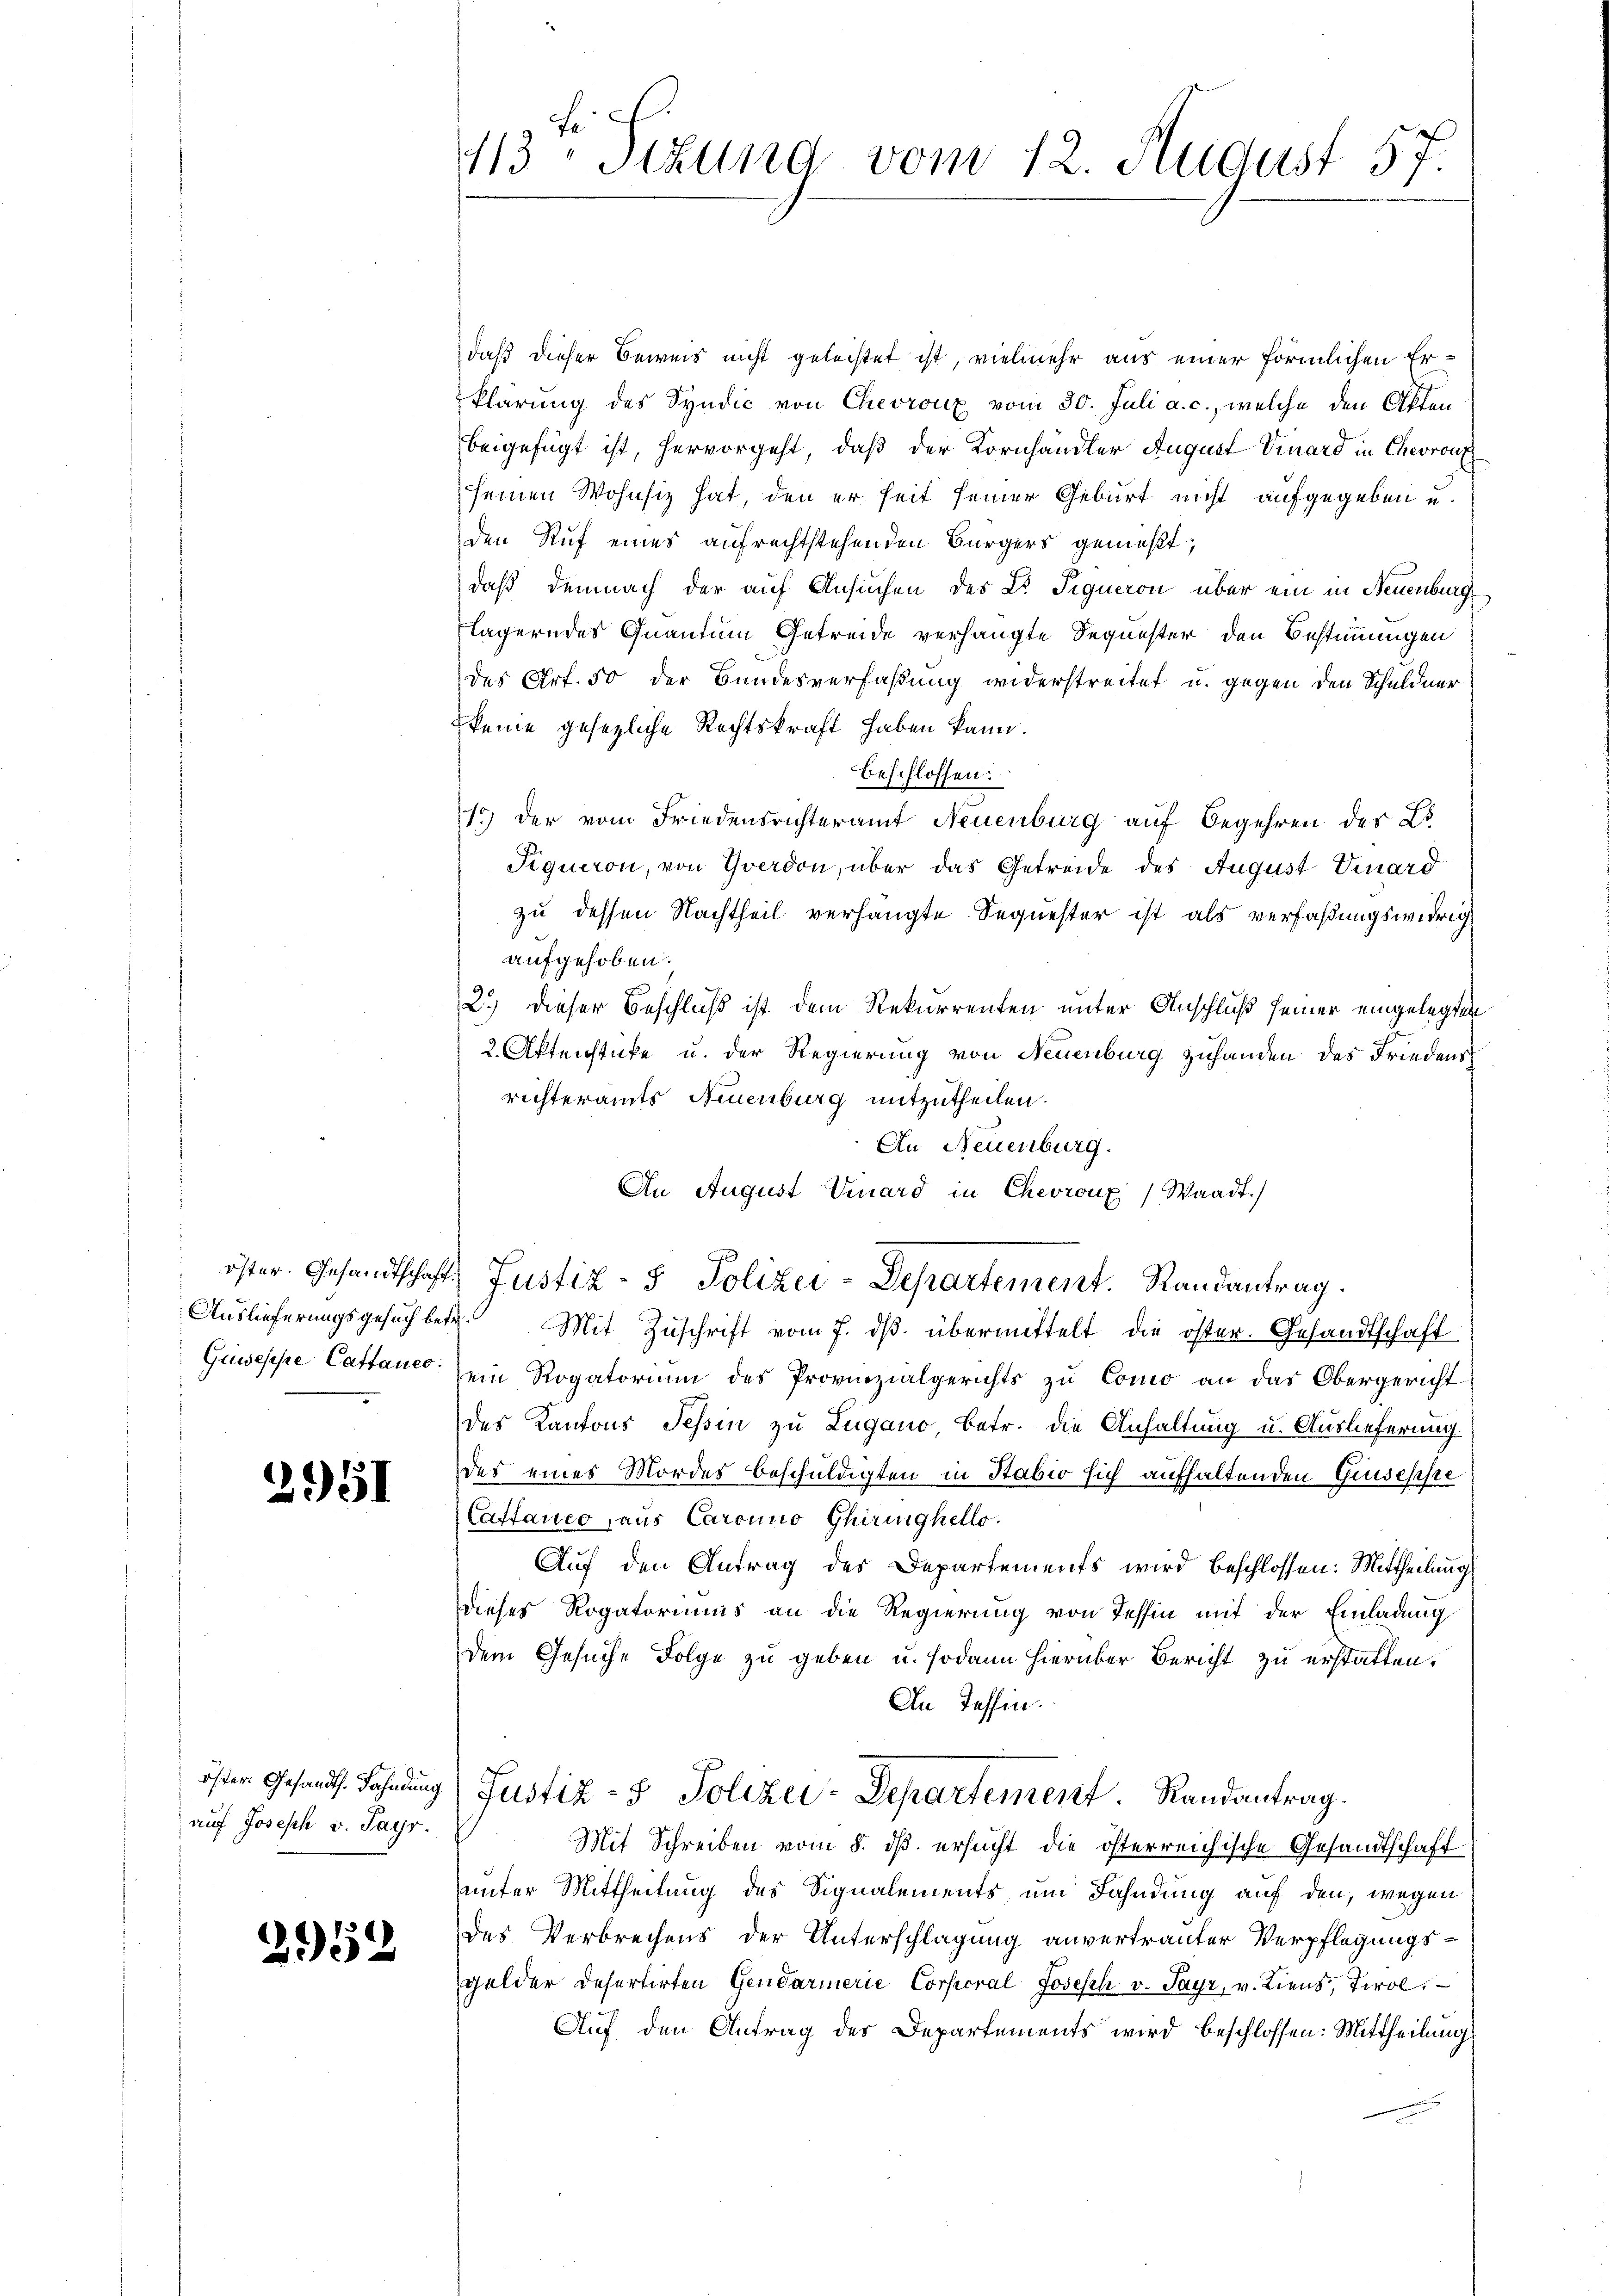
2951

auf Joseph v. Payr.

2952

113 Sizung vom 12. August 57.

daß dieser Beweis nicht geleistet ist, vielmehr aus einer förmlichen Erklärung des Syndic von Chevront vom 30. Juli a. c., welche den Akten
beigefügt ist, hervorgeht, daß der Kornhändler August Vinard in Chevronz
seinen Wohnsiz hat, den er seit seiner Geburt nicht aufgegeben u.
den Ruf eines aufrechtstehenden Bürgers gemeßt;
daß demnach der auf Ansuchen des Dr. Signeron über ein in Neuenburg
lägerndes Quantum Getreide verhängte Sequester den Bestimmungen
des Art. 50 der Bundesverfaßung widerstreitet u. gegen den Schuldner
keine gesezliche Rechtskraft haben kann.
beschlossen:
1.) Der vom Friedensrichteramt Neuenburg auf Begehren der Lo
Piqueron, von Yverdon, über das Getreide des August Vinard
zu dessen Nachtheil verhängte Sequester ist als verfaßungswidrig
aufgehoben.
2.) dieser Beschluß ist dem Rekurrenten unter Anschluß seiner eingelegten
2. Aktenstücke u. der Regierung von Neuenburg zuhanden des Friedens
richteramts Neuenburg mitzutheilen.
An Neuenburg.
An August Vinard in Chevronz) Waadt.)
öster. Gesandtschaft, Justiz- & Polizei-Departement. Randantrag.
Auslieferungsgesuch betr. Mit Zuschrift vom 7. dβ. übermittelt die öster. Gesandtschaft
Giuseppe Cattane ein Rogatorium des Provinzialgerichts zu Como an das Obergericht
des Kantons Tessin zu Lugano, Betr. die Anhaltung u. Auslieferung
des eines Mordes beschuldigten in Stabio sich aufhaltenden Giuseppe
Castanco aus Carouno Ghiringhello.
Auf den Antrag des Departements wird beschlossen: Mittheilung
dieses Rogatoriums an die Regierung von Tessin mit der Einladung
dem Gesuche Folge zu geben u. sodann hierüber Bericht zu erstatten.
An Tessin.
öster Gesandt. Fahndung Justiz- & Polizei-Departement. Randantrag.
Mit Schreiben vom 8. ds. ersucht die österreichische Gesandtschaft
unter Mittheilung des Signalements um Fahndung auf den, wegen
des Verbrechens der Unterschlagung anvertrauter Verpflegungsgelder defertirten Gendarmerie Corporal Joseph v. Payr, v. Liens, Tirol.
Auf den Antrag des Departements wird beschlossen: Mittheilung